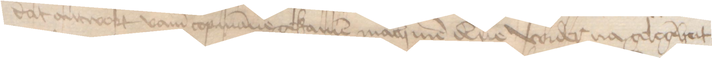
dat antwort vamm copmanne gekamen mach men denne wider na gelegeheit